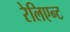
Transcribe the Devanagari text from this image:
रेलिएन्ट